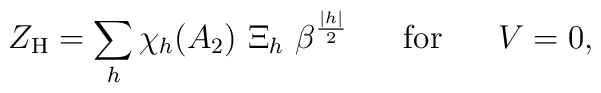
Z_{\rm H}=\sum_h \chi_h(A_2)~\Xi_h~\beta^{{|h| \over 2}}\;\;\;\;\;\;{\rm for}\;\;\;\;\;\;V=0,